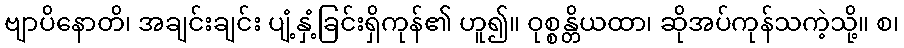
ဗျာပိနောတိ၊ အချင်းချင်း ပျံ့နှံ့ခြင်းရှိကုန်၏ ဟူ၍။ ဝုစ္စန္တိယထာ၊ ဆိုအပ်ကုန်သကဲ့သို့။ စ၊